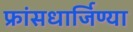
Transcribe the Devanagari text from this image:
फ्रांसधार्जिण्या